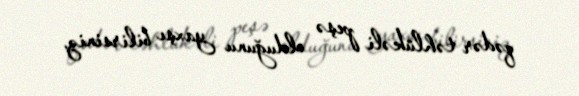
qədər təhlükəli peşə olduğunu yaxşı bilirsiniz.